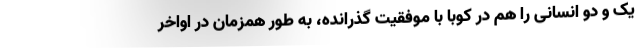
یک و دو انسانی را هم در کوبا با موفقیت گذرانده، به طور همزمان در اواخر